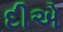
દીએ